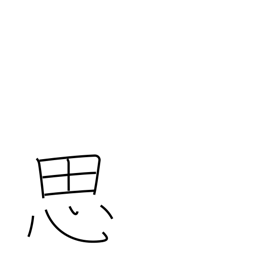
Meaning: think